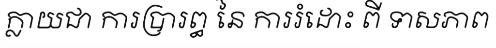
ក្លាយជា ការប្រារព្ធ នៃ ការរំដោះ ពី ទាសភាព